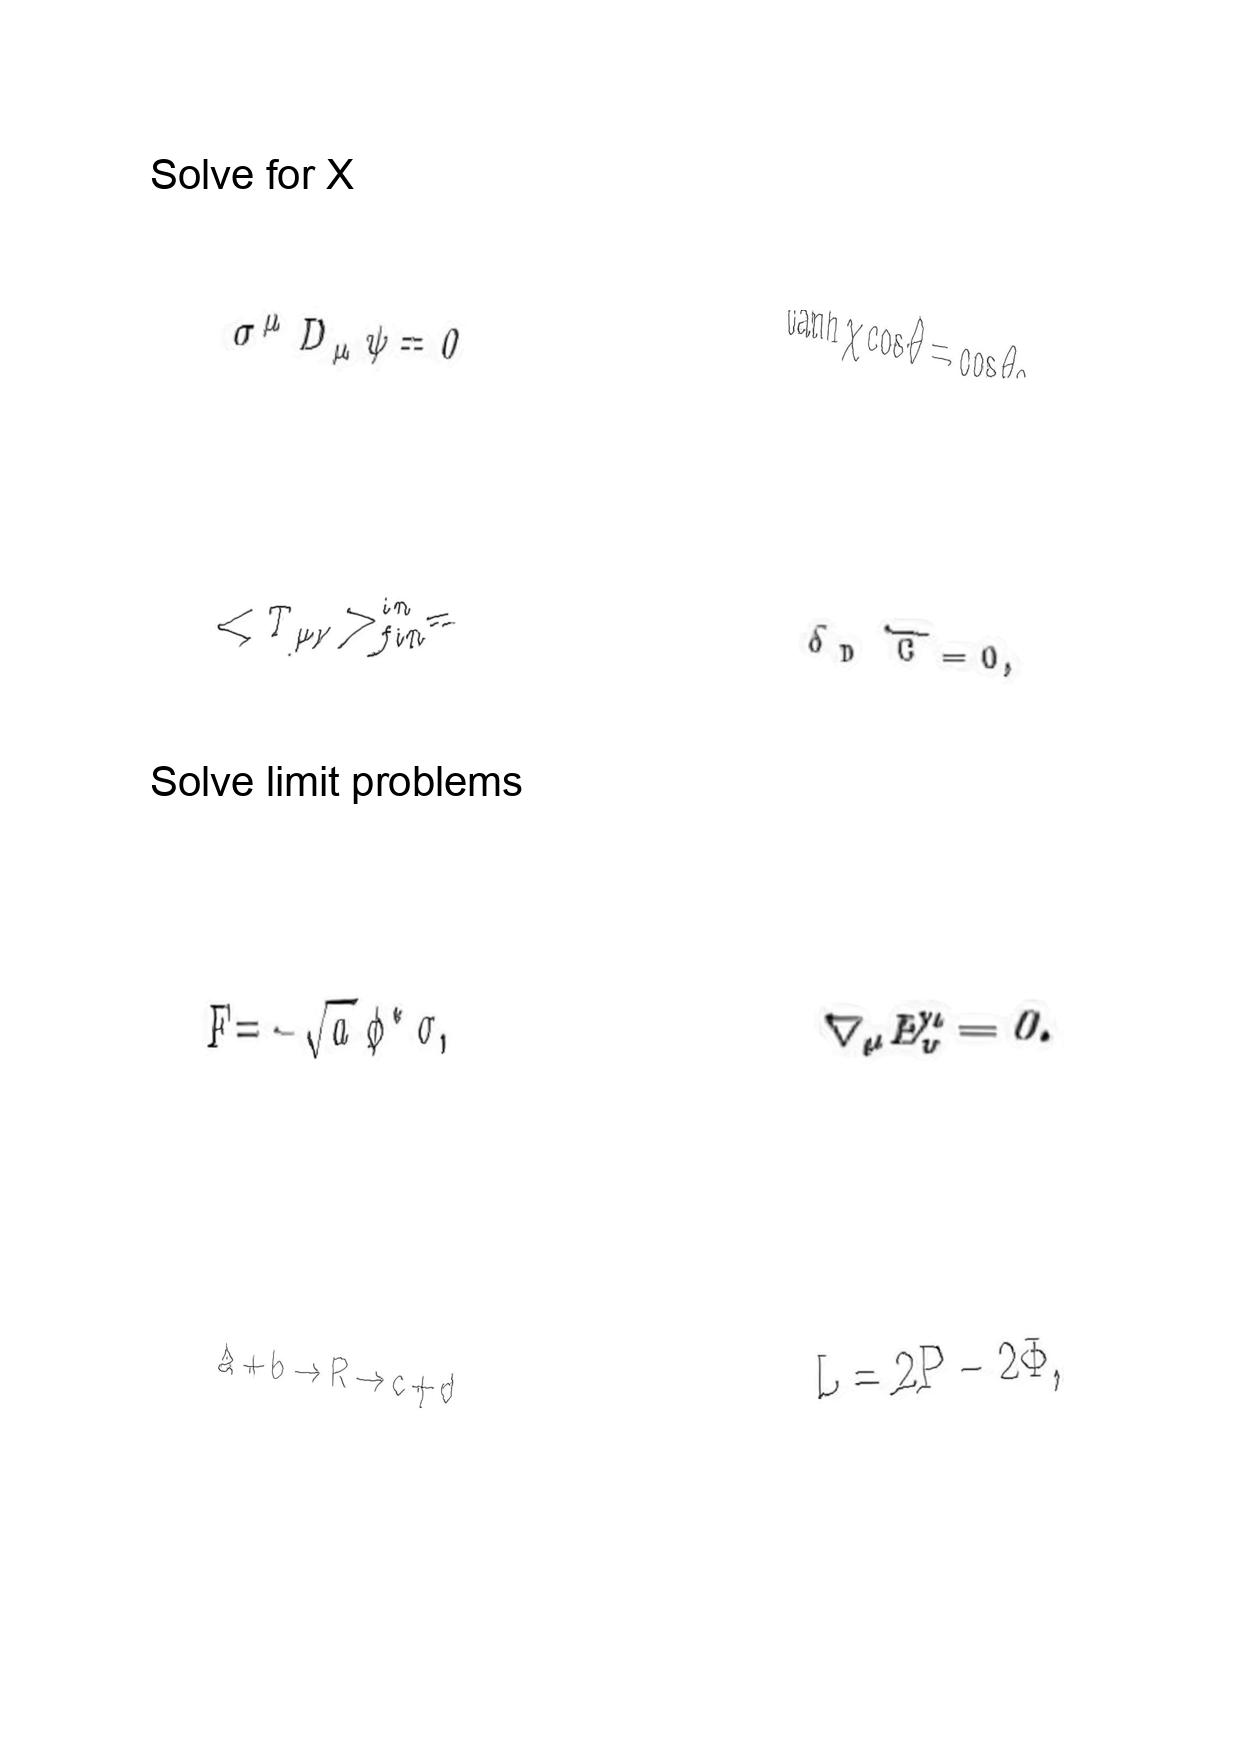
LaTeX transcription:
\sigma ^ { \mu } D _ { \mu } \psi = 0
\lt T _ { \mu \nu } \gt _ { f i n } ^ { i n } =
F = - \sqrt { a } \phi ^ { \ast } \sigma ,
a + b \rightarrow R \rightarrow c + d
\tanh \chi \cos \theta = \cos \theta _ { 0 }
\delta _ { D } \overline { C } = 0 ,
\nabla _ { \mu } E _ { \nu } ^ { \mu } = 0 .
L = 2 P - 2 \Phi ,